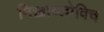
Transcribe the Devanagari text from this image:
मिख़ाय्लोविच